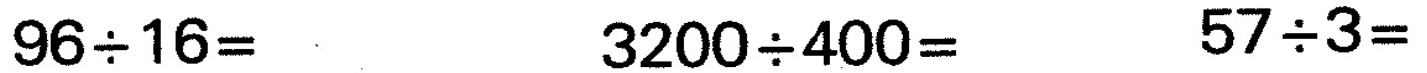
$$9 6 {\div} 1 6 =$$ $$3 2 0 0 {\div} 4 0 0 = $$